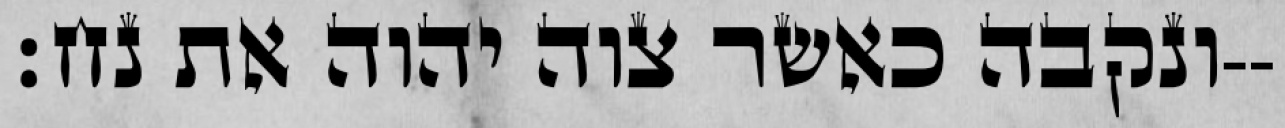
ונקבה כאשר צוה יהוה את נח׃--